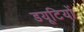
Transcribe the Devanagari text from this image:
डयूटियों